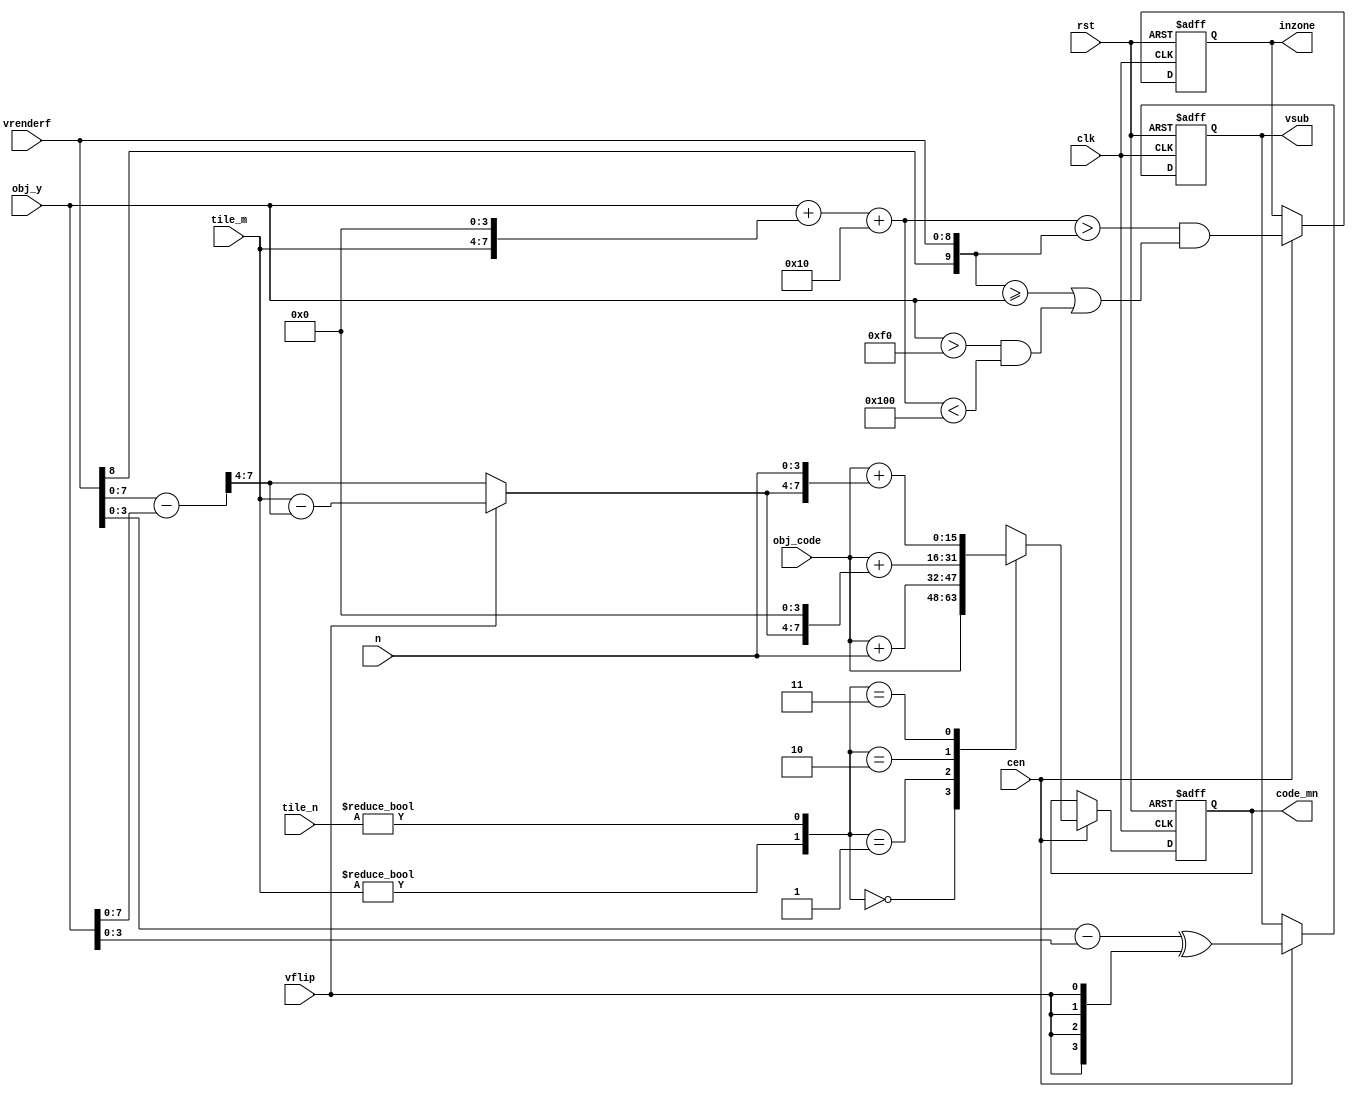
// This program was cloned from: https://github.com/jotego/jtcores
// License: GNU General Public License v3.0

/*  This file is part of JTCORES1.
    JTCORES1 program is free software: you can redistribute it and/or modify
    it under the terms of the GNU General Public License as published by
    the Free Software Foundation, either version 3 of the License, or
    (at your option) any later version.

    JTCORES1 program is distributed in the hope that it will be useful,
    but WITHOUT ANY WARRANTY; without even the implied warranty of
    MERCHANTABILITY or FITNESS FOR A PARTICULAR PURPOSE.  See the
    GNU General Public License for more details.

    You should have received a copy of the GNU General Public License
    along with JTCORES1.  If not, see <http://www.gnu.org/licenses/>.

    Author: Jose Tejada Gomez. Twitter: @topapate
    Version: 1.0
    Date: 24-1-2021 */


module jtcps1_obj_tile_match(
    input             rst,
    input             clk,
    input             cen,

    input      [15:0] obj_code,
    input      [ 3:0] tile_n,
    input      [ 3:0] tile_m,
    input      [ 3:0] n,

    input             vflip,
    input      [ 8:0] vrenderf,
    input      [ 9:0] obj_y,

    output reg [ 3:0] vsub,
    output reg        inzone,
    output reg [15:0] code_mn
);

localparam YW=10;

wire [15:0] match;
reg  [ 3:0] m, mflip;

reg  [YW-1:0] bottom;
reg  [YW-1:0] ycross;
wire [YW-1:0] vs = { {YW-9{vrenderf[8]}}, vrenderf };
reg  [YW-1:0] vd;

wire [YW-1:0] objy_ext = { {YW-10{obj_y[9]}}, obj_y };

always @(*) begin
    /*verilator lint_off width*/
    bottom = objy_ext + { {YW-8{1'b0}}, tile_m, 4'd0 }+5'h10;
    /*verilator lint_on width*/
    ycross = vs-objy_ext;
    m      = ycross[7:4];
    vd     = vrenderf-obj_y[8:0];
    mflip  = tile_m-m;
end

// the m,n sum carries on, at least for CPS2 games (SPF2T)
// The carry didn't seem to be needed for CPS1/1.5 games, so
// it might be a difference with the old CPS-A chip
always @(posedge clk, posedge rst) begin
    if( rst ) begin
        inzone  <= 0;
        code_mn <= 0;
        vsub    <= 0;
    end else if(cen) begin
        inzone <= (bottom>vs) && (vs >= objy_ext || (obj_y>10'hf0 && bottom <10'h100));
        vsub   <= vd[3:0] ^ {4{vflip}};
        case( {tile_m!=4'd0, tile_n!=4'd0 } )
            2'b00: code_mn <= obj_code;
            2'b01: code_mn <= obj_code + { 12'd0, n };
            2'b10: code_mn <= obj_code + { 8'd0, vflip ? mflip : m, 4'd0};
            2'b11: code_mn <= obj_code + { 8'd0, vflip ? mflip : m, n};
        endcase
    end
end

endmodule